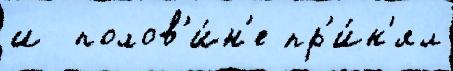
и  полов'и́н'е пр'и́н'ял